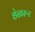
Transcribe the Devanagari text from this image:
शेखरूर